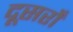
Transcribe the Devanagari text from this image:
दूसरोँ